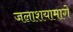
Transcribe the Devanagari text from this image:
जलाशयामागे